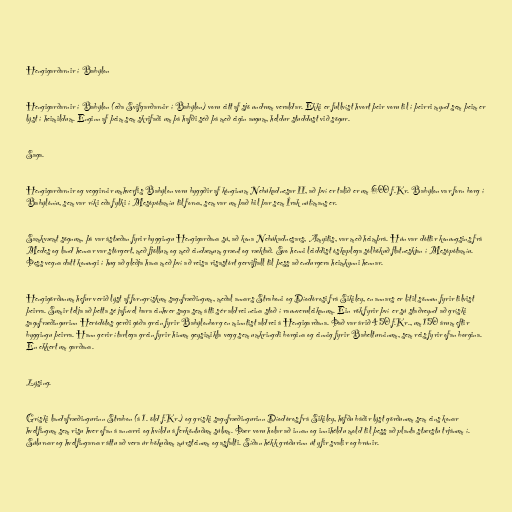
Hengigarðarnir í Babýlon

Hengigarðarnir í Babýlon (eða Svifgarðarnir í Babýlon) voru eitt af sjö undrum veraldar. Ekki er fullvíst hvort þeir voru til í þeirri mynd sem þeim er
lýst í heimildum. Enginn af þeim sem skrifaði um þá hafði séð þá með eigin augum, heldur studdust við sögur.

Saga.

Hengigarðarnir og veggirnir umhverfis Babýlon voru byggðir af kónginum Nebúkadnesar II, að því er talið er um 600 f.Kr. Babýlon var forn borg í
Babýlóníu, sem var ríki eða fylki í Mesópótamíu til forna, sem var um það bil þar sem Írak nútímans er.

Samkvæmt sögnum, þá var ástæðan fyrir byggingu Hengigarðana sú, að kona Nebúkadnesars, Amyitis, var með heimþrá. Hún var dóttir konungsins frá
Medes og land hennar var stórgert, með fjöllum og með eindæmum grænt og ræktað. Svo henni leiddist óskaplega sólbökuð flatneskjan í Mesópótamíu.
Þess vegna datt konungi í hug að gleðja hana með því að reisa risastórt gervifjall til þess að endurgera heimkynni hennar.

Hengigörðunum hefur verið lýst af forngrískum sagnfræðingum, meðal annars Straboni og Díodórosi frá Sikiley, en annars er lítil sönnun fyrir tilvist
þeirra. Sumir telja að þetta sé jafnvel bara einhver saga sem átti sér aldrei neina stoð í raunveruleikanum. Ein rök fyrir því er sú staðreynd að gríski
sagnfræðingurinn Heródótos gerði góða grein fyrir Babýlonborg en minntist aldrei á Hengigarðana. Það var árið 450 f.Kr., um 150 árum eftir
byggingu þeirra. Hann gerir ítarlega grein fyrir hinum geysimikla vegg sem umkringdi borgina og einnig fyrir Babelturninum, sem reis fyrir ofan borgina.
En ekkert um garðana.

Lýsing.

Gríski landafræðingurinn Strabon (á 1. öld f.Kr.) og gríski sagnfræðingurinn Díodóros frá Sikiley, höfðu báðir lýst görðunum sem eins konar
hvelfingum sem risu hver ofan á annarri og hvíldu á ferköntuðum súlum. Þær voru holar að innan og innihéldu mold til þess að planta stærstu trjánum í.
Súlurnar og hvelfingarnar áttu að vera úr bökuðum múrsteinum og asfalti. Síðan hékk gróðurinn út yfir svalir og brúnir.